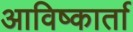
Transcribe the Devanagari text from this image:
आविष्कार्ता